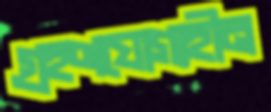
গ্রহণযোগ্যহীন